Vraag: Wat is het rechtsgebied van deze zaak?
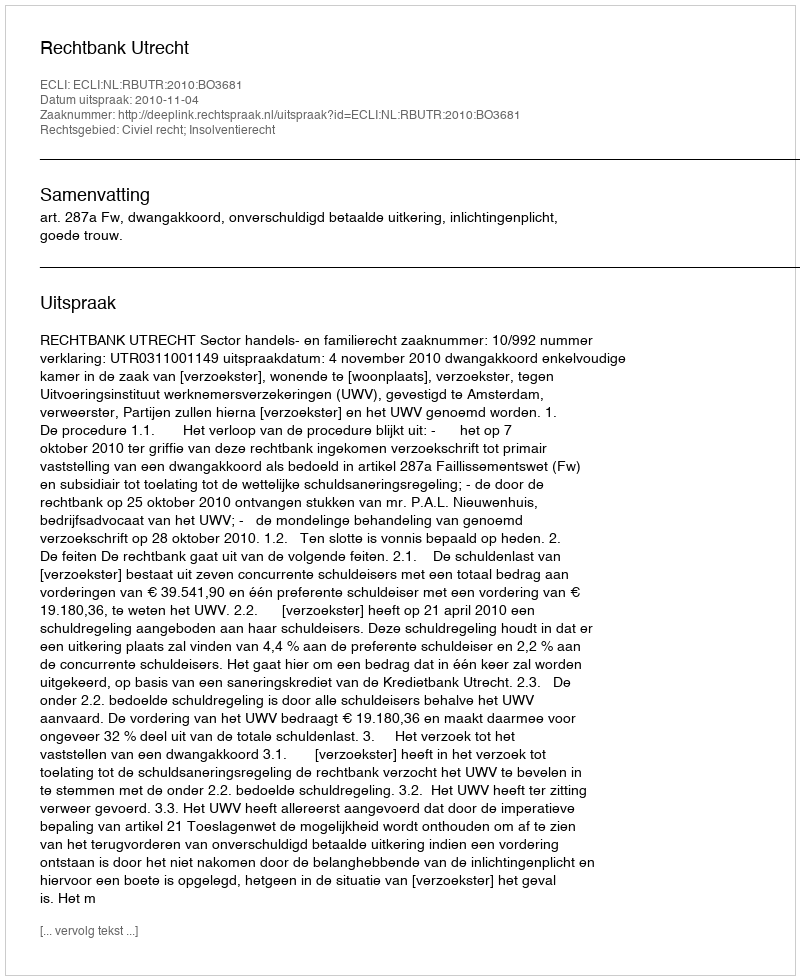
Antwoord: Civiel recht; Insolventierecht